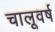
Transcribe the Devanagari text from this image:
चालूवर्ष